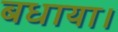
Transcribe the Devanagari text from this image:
बधाया।